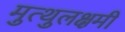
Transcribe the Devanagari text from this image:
मुत्थुलक्षमी